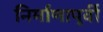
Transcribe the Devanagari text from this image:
निर्माणापूर्वी